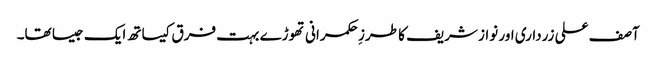
آصف علی زرداری اور نواز شریف کا طرزِ حکمرانی تھوڑے بہت فرق کیساتھ ایک جیسا تھا۔